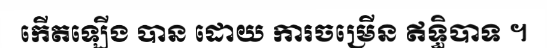
កើតឡើង បាន ដោយ ការចម្រើន ឥទ្ធិបាទ ។